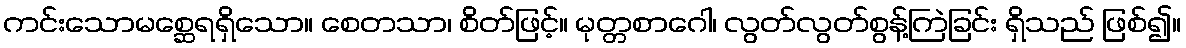
ကင်းသောမစ္ဆေရရှိသော။ စေတသာ၊ စိတ်ဖြင့်။ မုတ္တစာဂေါ၊ လွတ်လွတ်စွန့်ကြဲခြင်း ရှိသည် ဖြစ်၍။